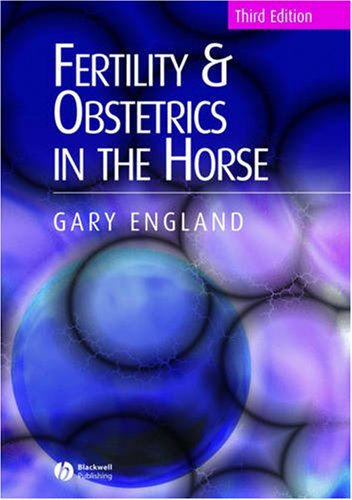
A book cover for Fertility and Obstetrics in the Horse; Gary England; Medical Books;